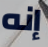
إنه